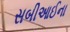
સબીઆઈના